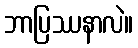
ဘာပြဿနာလဲ။